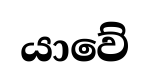
යාවේ